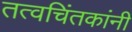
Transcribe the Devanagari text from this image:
तत्वचिंतकांनी